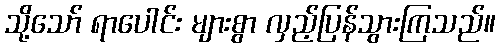
သို့သော် ရာပေါင်း များစွာ လှည့်ပြန်သွားကြသည်။